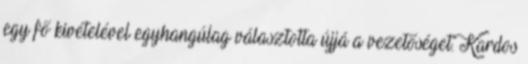
egy fő kivételével egyhangúlag választotta újjá a vezetőséget. Kardos